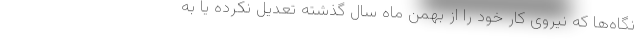
نگاه‌ها که نیروی کار خود را از بهمن ماه سال گذشته تعدیل نکرده یا به